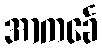
အာကင်္ခေ